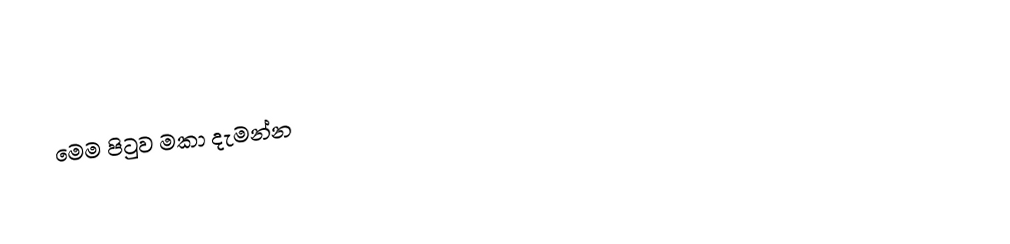
මෙම පිටුව මකා දැමන්න